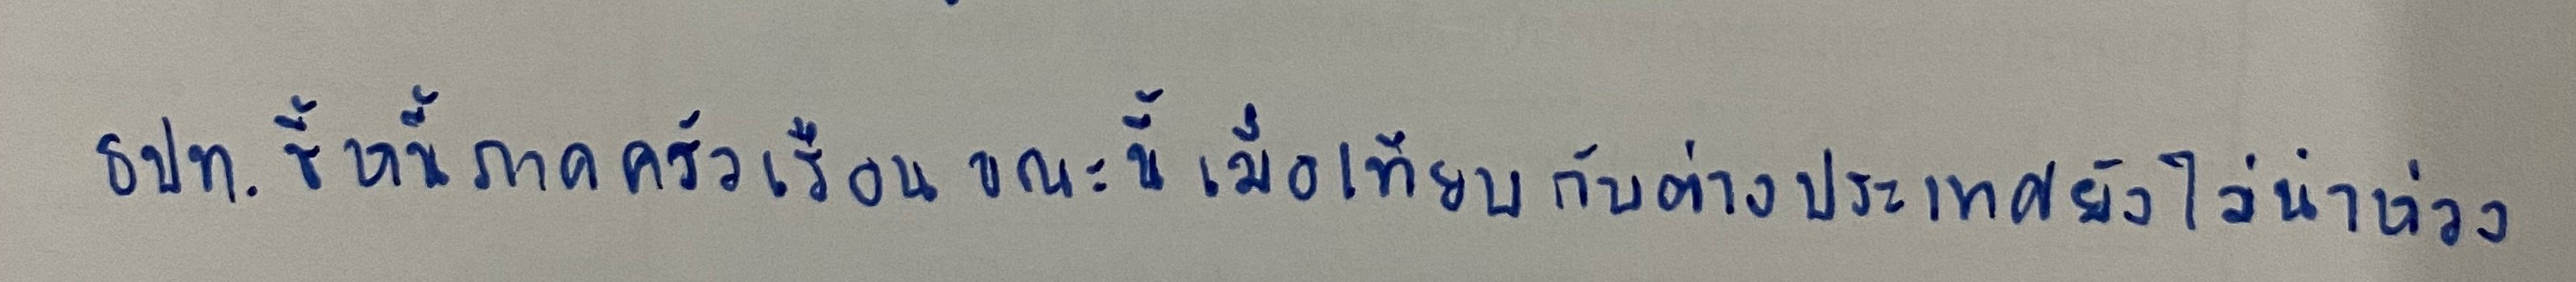
ธปท.ชี้หนี้ภาคครัวเรือนขณะนี้เมื่อเทียบกับต่างประเทศยังไม่น่าห่วง